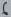
Text: 6